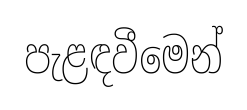
පැළඳවීමෙන්